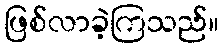
ဖြစ်လာခဲ့ကြသည်။